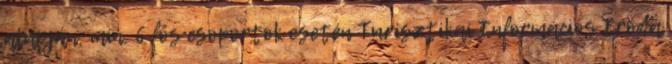
alapján, min. 6 fős csoportok esetén Turisztikai Információs Iroda